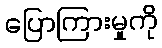
ပြောကြားမှုကို